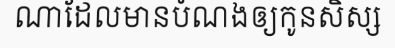
ណាដែលមានបំណងឲ្យកូនសិស្ស